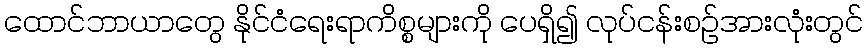
ထောင်ဘာယာတွေ နိုင်ငံရေးရာကိစ္စများကို ပေရှိ၍ လုပ်ငန်းစဉ်အားလုံးတွင်